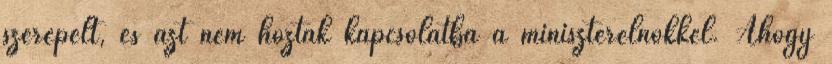
szerepelt, és azt nem hozták kapcsolatba a miniszterelnökkel. Ahogy